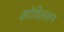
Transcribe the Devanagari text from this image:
कोविलाकम